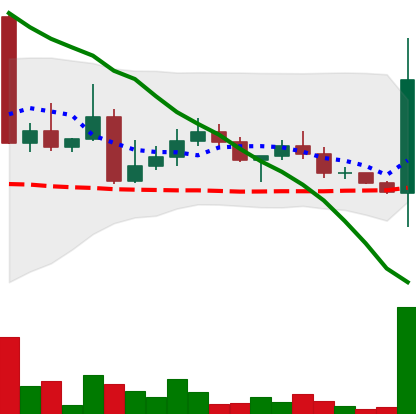
Ticker: DOGE-USD
Chart end date: 2022-04-25
Forward return: -19.247%
Label: down_7plus